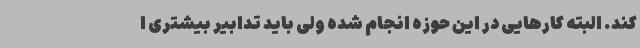
کند. البته کارهایی در این حوزه انجام شده ولی باید تدابیر بیشتری ا